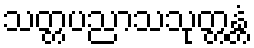
သတ္တပညာသသုတ္တန္တံ